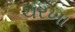
ચરખા